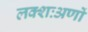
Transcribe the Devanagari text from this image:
लक्शःअणों